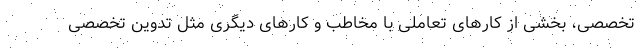
تخصصی، بخشی از کارهای تعاملی با مخاطب و کارهای دیگری مثل تدوین تخصصی